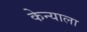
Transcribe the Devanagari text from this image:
केन्याला